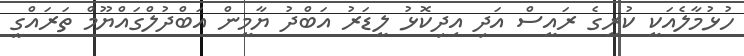
ހުޅުމާލެއަކީ ކުރީގެ ރައީސް އަދި އިދިކޮޅު ލީޑަރު އަބްދު ޔާމީން އަބްދުލްގައްޔޫމް ތަރައްގީ